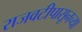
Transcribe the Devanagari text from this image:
राजवटीपासूनच्या